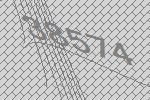
38574